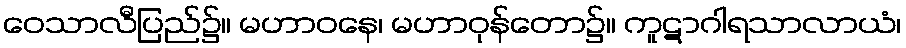
ဝေသာလီပြည်၌။ မဟာဝနေ၊ မဟာဝုန်တော၌။ ကူဋာဂါရသာလာယံ၊